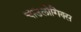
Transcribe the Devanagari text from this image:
चाउलोगिक्स